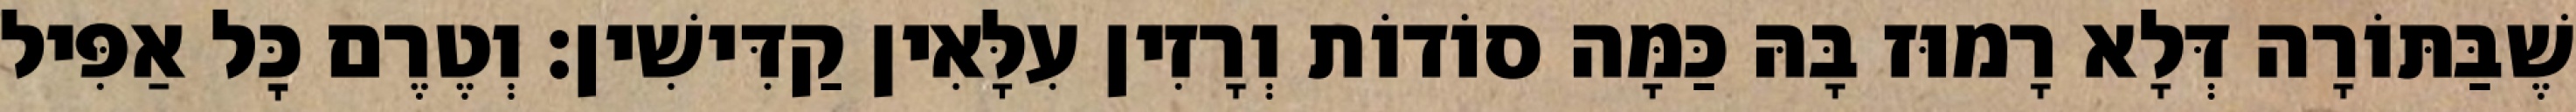
שֶׁבַּתּוֹרָה דְּלָא רָמוּז בָּהּ כַּמָּה סוֹדוֹת וְרָזִין עִלָּאִין קַדִּישִׁין: וְטֶרֶם כׇּל אַפִּיל